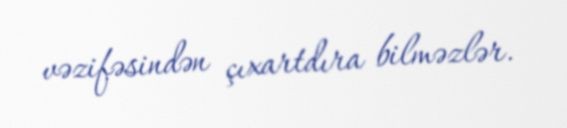
vəzifəsindən çıxartdıra bilməzlər.